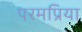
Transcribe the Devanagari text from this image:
परमप्रिया